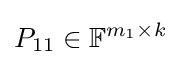
P_{11}\in \mathbb {F} ^{m_{1}\times k}